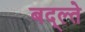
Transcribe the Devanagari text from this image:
बद्ल्ते